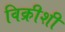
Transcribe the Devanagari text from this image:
विक्रीशी